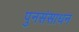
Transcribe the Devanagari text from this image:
पुनसंसाधन